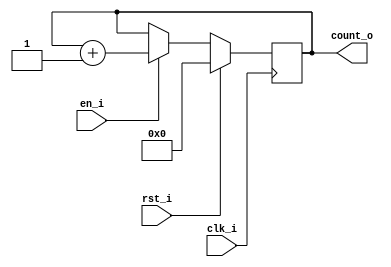
module count #(
	parameter WIDTH = 12
)(
	input wire clk_i,
	input wire rst_i,
        input wire en_i,
	output wire [WIDTH-1:0] count_o
);

	reg [WIDTH-1:0] count_reg;


	always @(posedge clk_i) begin : sequential
		if (rst_i) begin
			count_reg <= 0;
		end else begin
			if (en_i) begin
				count_reg <= count_reg + 1;
			end
		end
	end

	assign count_o = count_reg;

endmodule